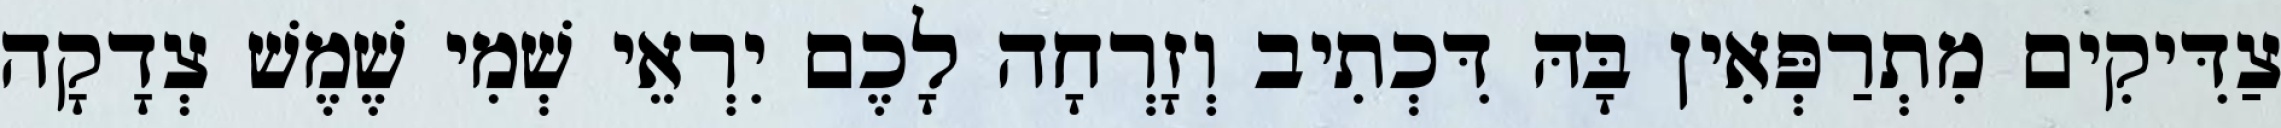
צַדִּיקִים מִתְרַפְּאִין בָּהּ דִּכְתִיב וְזָרְחָה לָכֶם יִרְאֵי שְׁמִי שֶׁמֶשׁ צְדָקָה